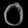
Digit: ၀